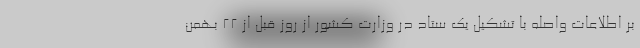
بر اطلاعات واصله با تشکیل یک ستاد در وزارت کشور از روز قبل از ۲۲ بهمن